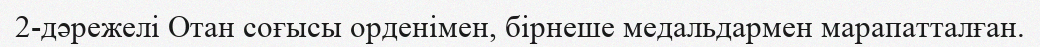
2-дәрежелі Отан соғысы орденімен, бірнеше медальдармен марапатталған.